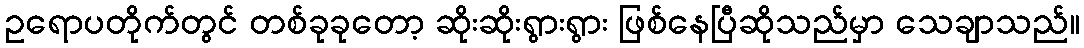
ဥရောပတိုက်တွင် တစ်ခုခုတော့ ဆိုးဆိုးရွားရွား ဖြစ်နေပြီဆိုသည်မှာ သေချာသည်။